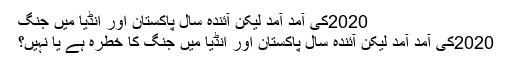
2020کی آمد آمد لیکن آئندہ سال پاکستان اور انڈیا میں جنگ
2020کی آمد آمد لیکن آئندہ سال پاکستان اور انڈیا میں جنگ کا خطرہ ہے یا نہیں؟